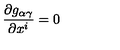
\frac { \partial g _ { \alpha \gamma } } { \partial x ^ { i } } = 0